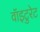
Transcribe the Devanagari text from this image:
वॉइटुरेट